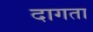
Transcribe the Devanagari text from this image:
दागता